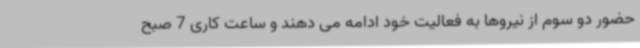
حضور دو سوم از نیروها به فعالیت خود ادامه می دهند و ساعت کاری 7 صبح